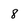
Character: 8